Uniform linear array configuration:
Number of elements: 24
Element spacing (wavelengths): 0.25
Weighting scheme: binomial
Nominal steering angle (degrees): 30
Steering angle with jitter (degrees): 29.158
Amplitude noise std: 0.05
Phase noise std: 0.05

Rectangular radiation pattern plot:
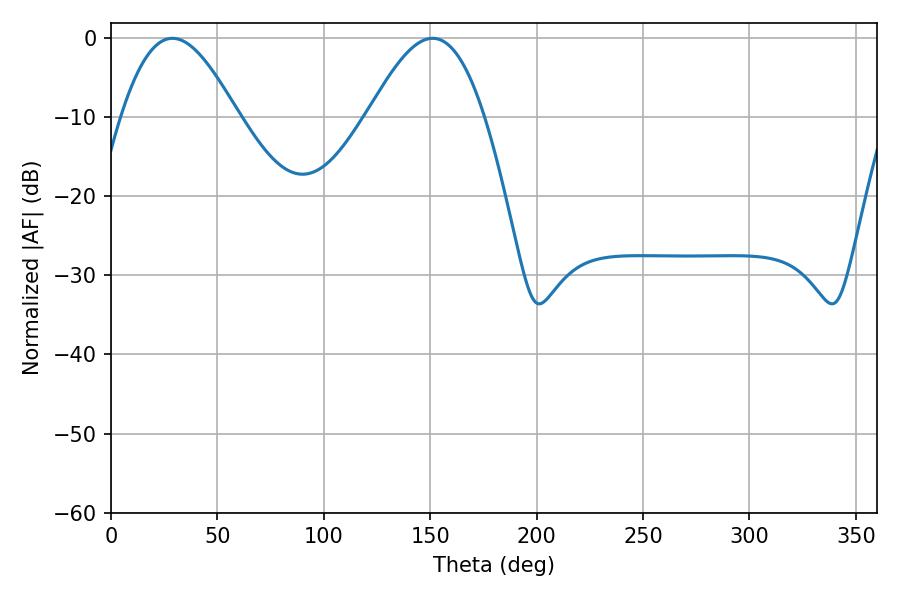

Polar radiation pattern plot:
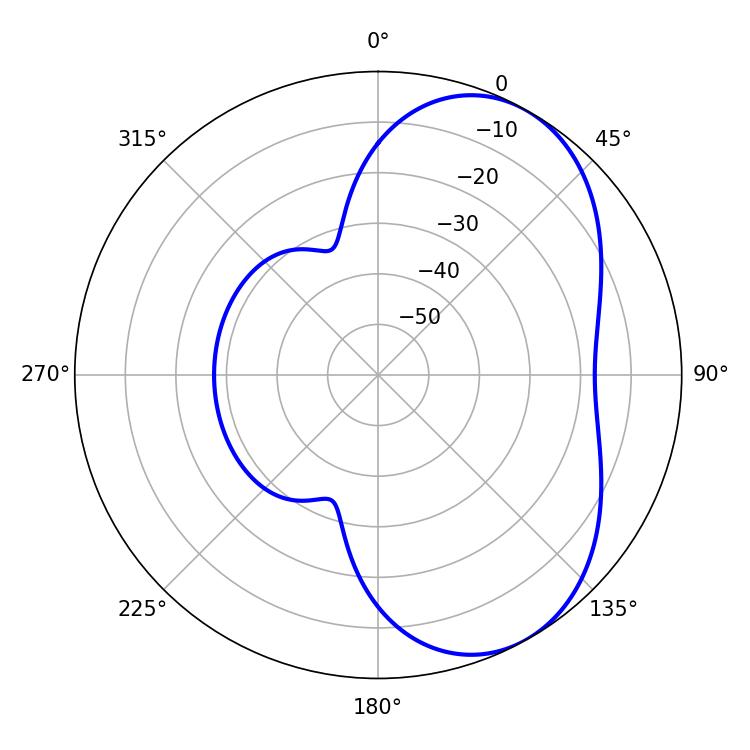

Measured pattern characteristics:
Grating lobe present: FALSE
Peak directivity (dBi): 5.37
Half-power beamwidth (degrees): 29.52
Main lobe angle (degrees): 28.8